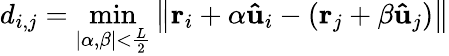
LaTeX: d_{i,j}=\operatorname*{min}_{\left|\alpha,\beta\right|<\frac{L}{2}}\left\| \mathbf{r}_{i}+\alpha\mathbf{\hat{u}}_{i}-(\mathbf{r}_{j}+\beta\mathbf{\hat{u}}_{j})\right\|